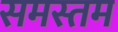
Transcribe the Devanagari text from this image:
समस्तम